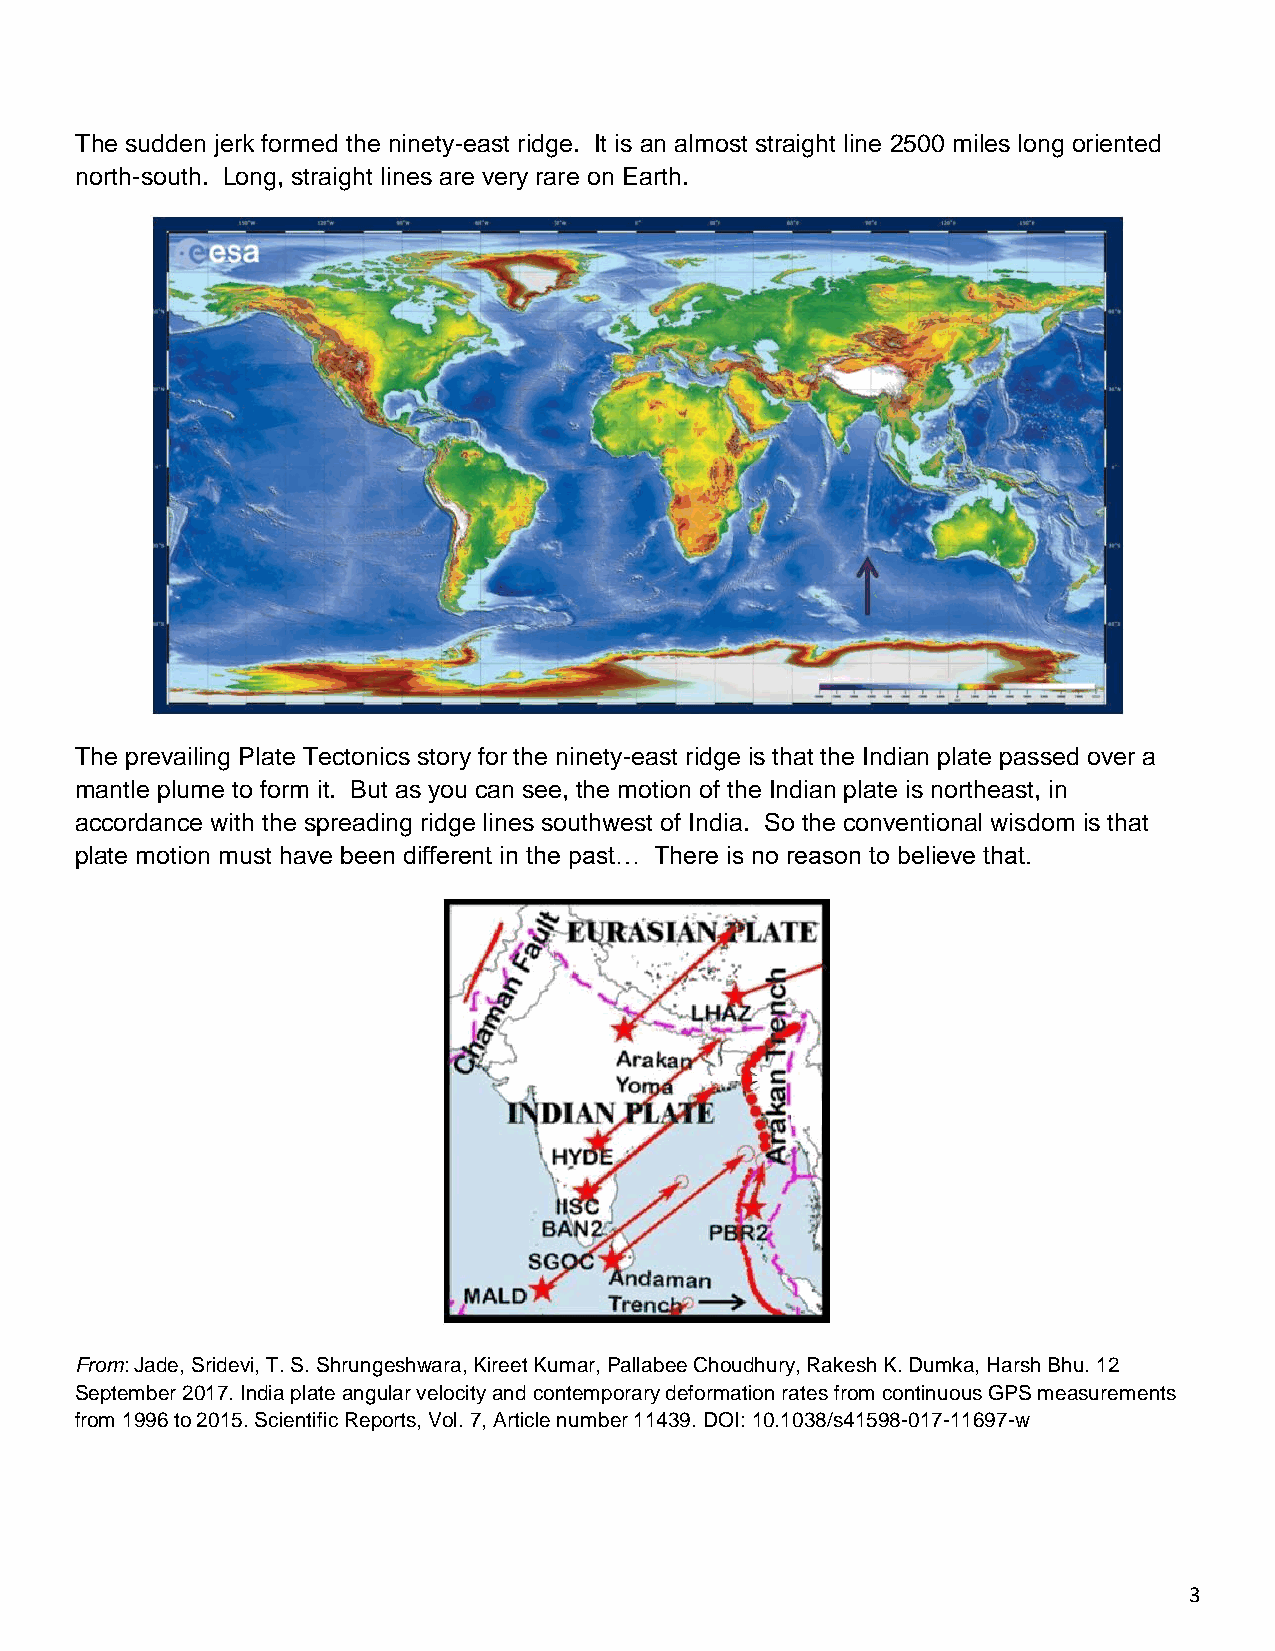
The sudden jerk formed the ninety-east ridge. It is an almost straight line 2500 miles long oriented
 north-south. Long, straight lines are very rare on Earth.
 The prevailing Plate Tectonics story for the ninety-east ridge is that the Indian plate passed over a
 mantle plume to form it. But as you can see, the motion of the Indian plate is northeast, in
 accordance with the spreading ridge lines southwest of India. So the conventional wisdom is that
 plate motion must have been different in the past… There is no reason to believe that.
 From: Jade, Sridevi, T. S. Shrungeshwara, Kireet Kumar, Pallabee Choudhury, Rakesh K. Dumka, Harsh Bhu. 12
 September 2017. India plate angular velocity and contemporary deformation rates from continuous GPS measurements
 from 1996 to 2015. Scientific Reports, Vol. 7, Article number 11439. DOI: 10.1038/s41598-017-11697-w
 3